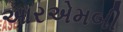
આરએમબી